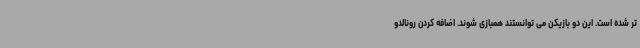
تر شده است. این دو بازیکن می توانستند همبازی شوند. اضافه کردن رونالدو